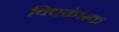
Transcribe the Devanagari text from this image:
विषकंभक